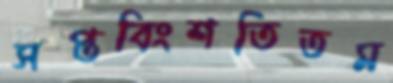
সপ্তবিংশতিতম